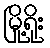
မြို့ရိုး